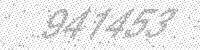
Solution: 941453